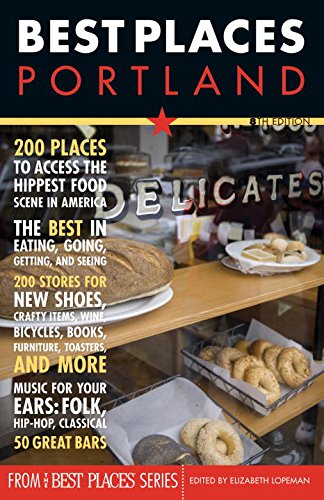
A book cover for Best Places Portland, 8th Edition; Travel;